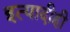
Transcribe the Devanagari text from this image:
इत्यादीही